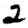
Digit: 2